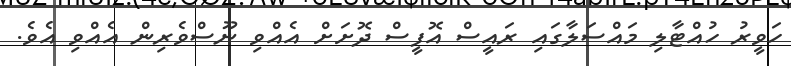
ހަވީރު ހުއްޓާލި މައްސަލާގައި ރައީސް އޮފީސް ދޮށަށް އެއްވި ނޫސްވެރިން އެއްވި އެވެ.